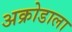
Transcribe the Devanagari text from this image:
अक्रोडाला